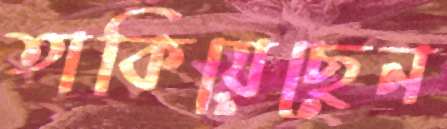
তাকিয়েছেন